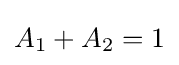
A_{1}+A_{2}=1